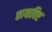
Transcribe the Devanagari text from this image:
छायाविष्ट